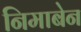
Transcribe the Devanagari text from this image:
निमाबेन